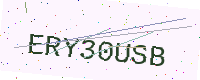
Text: ERY30USB